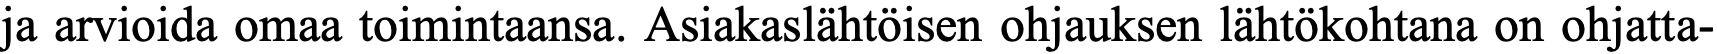
ja arvioida omaa toimintaansa. Asiakaslähtöisen ohjauksen lähtökohtana on ohjatta-